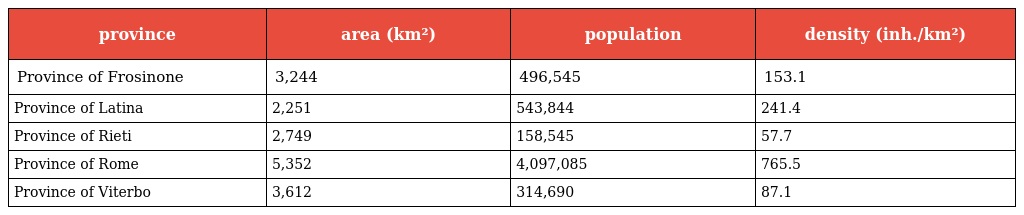
| province | area (km²) | population | density (inh./km²) |
 | --- | --- | --- | --- |
 | Province of Frosinone | 3,244 | 496,545 | 153.1 |
 | Province of Latina | 2,251 | 543,844 | 241.4 |
 | Province of Rieti | 2,749 | 158,545 | 57.7 |
 | Province of Rome | 5,352 | 4,097,085 | 765.5 |
 | Province of Viterbo | 3,612 | 314,690 | 87.1 |